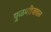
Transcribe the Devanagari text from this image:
पुळणीजवळ